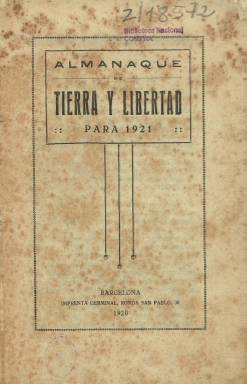
Título: Almanaque de Tierra y libertad
Otros títulos: Título: Almanaque Tierra y libertad, 1933
Colección: Anarquismo || Almanaques
Ámbito geográfico: Barcelona
Lugar de publicación: Barcelona
Fechas: 01/01/1921-31/12/1934

Anuario de Tierra y Libertad, la revista anarquista fundada y dirigida por el maestro y escritor Juan Montseny Carret (1864-1942), conocido por su seudónimo Federico Urales, que se publicó en el barrio de Gracia, de Barcelona, entre 1888 y 1889, y reapareció en Madrid como suplemento, entre 1902 y 1904, de la también revista de la misma ideología La Revista blanca (1898-1936). Tierra y libertad de nuevo volvió a editarse en Barcelona a partir de junio de 1904, teniendo numerosas épocas sucesivas, hasta su desaparición definitiva en 1939, aunque tuvo una época posterior editada por el exilio en México. En la Biblioteca Nacional de España (BNE) se encuentra la edición facsímil de su periodo 1932-1934, publicada por la Universidad de Valencia en 1995. Por su parte, partir de 1901, La Revista blanca también editó su propio anuario, que, en 1904 adoptó el título de Almanaque de la Revista blanca y Tierra y libertad.

Editado en Barcelona, el primer Almanaque de Tierra y Libertad lo fue para el año 1911, con la indicación en su cabecera “ciencia, arte, literatura y revolución social”, en un momento en el que como semanario venía siendo dirigido por el tipógrafo y anarcosindicalista Tomás Herreros Miguel (1877-1937). De su coordinación y confección se encargó al que se le denomina “el abuelo del anarquismo español”, Anselmo Lorenzo (1841-1914), quien se propuso recoger en el mismo “algunas nociones científicas, útiles para los trabajadores” y ofrecer al mismo tiempo “idea de la influencia social de la doctrina anarquista”. Los siguientes almanaques llevaron el subtítulo “amenidad científica, filosófica, crítica y revolucionaria” o “propaganda anarquista, ciencia, literatura y crítica social”, y se conocen los correspondientes a los años 1912 a 1916. También, La Revista blanca llevó como subtítulo “sociología, ciencia y arte”.

Durante el periodo de la primera guerra mundial el semanario Tierra y libertad ya estaba siendo dirigido por el libertario andaluz Antonio García Birlán (1891-1984) –conocido por su seudónimo Dionysios–, dejando de publicarse su almanaque durante el conflicto, hasta la aparición de su edición para el año 1921, coordinado y con prólogo del citado Dionysios, entrega esta que forma parte la colección de la BNE, junto a las correspondientes a 1933 y 1934; aunque se conoce también la existencia de la del año 1932.

Señala Dionysios en el prólogo, que se publica el Almanaque de Tierra y libertad para 1921 “en uno de los momentos más críticos porque ha atravesado el anarquismo”, coincidiendo con las luchas surgidas durante la revolución rusa y el final de la guerra mundial, en la que este periodista y traductor ácrata había adoptado una cierta aliadofilia. Este volumen alcanza dos centenares de páginas, compuestas a una columna, en un formato en 4º, e ilustrado con dibujos y fotograbados en blanco y negro, siendo estampado en la Imprenta Germinal, propiedad del grupo editor, que también desde 1912 realizaba su labor a través de la Biblioteca de Tierra y Libertad.

Además de un calendario para 1921, con indicaciones astronómicas y un texto divulgativo sobre el sistema solar, el Almanaque para 1921 contiene numerosos textos, tanto de creación literaria, en prosa y en verso, como otros de política y divulgación anarquista. Aparecen textos del ya fallecido Anselmo Lorenzo, Sinesio Delgado, Antonio Zozaya, Emilio Bobadilla, José Prat, Juan Grave, José Manuel Méndez, Ricardo Mella, Manuel Ugarte, Ángel Guerra, Emilio Carrere, Macías Picavea, Enrique Malatesta, Francisco Villasespesa, Alberto Ghiraldo, Octavio Mirbeau, Federico Stackelberg, P. Kropotkin o Jacques Petit, entre otros. Este anuario cuenta, al final, con un índice de contenidos.

El Almanaque para 1933, cercano a los dos centenares de páginas, además de un calendario con información histórico-política del anarquismo, contiene algunas traducciones de Proudhon o Marx, entre otros teóricos del comunismo y el anarquismo. Entre los firmantes de sus textos aparecen los nombres de Margarita del Campo, Antonia Maymón, Silverio Lanza, Tomás Herrero, Evelio G. Fontaura, Marcos Guerín, José Bonet, Liberto Callejas, F. Falasqui, Max Nettlau, Hans Ryner, S.J. Milliken o Bertrand Russell. Y entre sus ilustraciones, grabados de Lec o M. Moix, o algunos dibujos de humor gráfico.